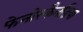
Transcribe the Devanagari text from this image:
फेनोस्कैनडिया